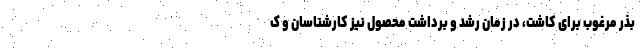
بذر مرغوب برای کاشت، در زمان رشد و برداشت محصول نیز کارشناسان و ک